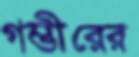
গম্ভীরের